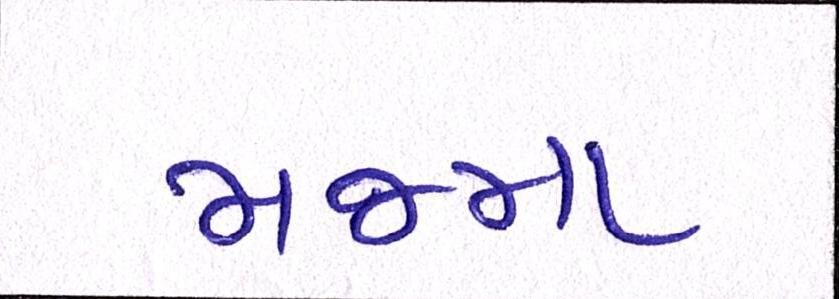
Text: મજમા